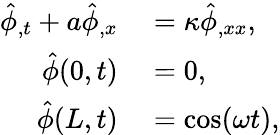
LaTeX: \begin{array}{rl}{\hat{\phi}_{,t}+a\hat{\phi}_{,x}}&{{}=\kappa\hat{\phi}_{,xx},}\\ {\hat{\phi}(0,t)}&{{}=0,}\\ {\hat{\phi}(L,t)}&{{}=\cos(\omega t),}\end{array}